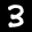
Label: 3